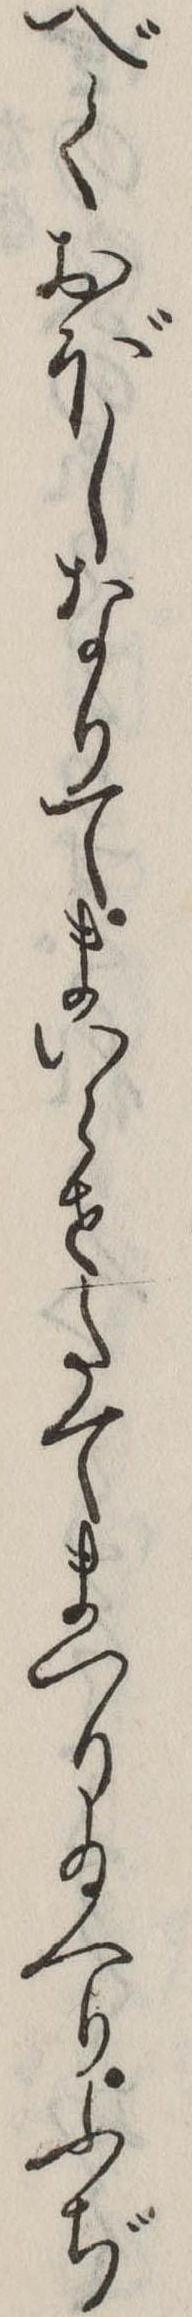
べくおぼしなりてまいらせたてまつり給へりふぢ